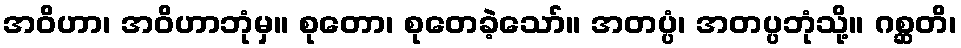
အဝိဟာ၊ အဝိဟာဘုံမှ။ စုတော၊ စုတေခဲ့သော်။ အတပ္ပံ၊ အတပ္ပဘုံသို့။ ဂစ္ဆတိ၊